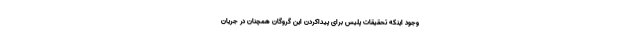
وجود اینکه تحقیقات پلیس برای پیدا‌کردن این گروگان همچنان در جریان